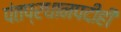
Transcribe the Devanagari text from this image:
पंतप्रधानपदीही